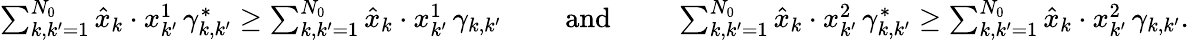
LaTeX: \begin{array}{r}{\sum_{k,k^{\prime}=1}^{N_{0}}\hat{x}_{k}\cdot x_{k^{\prime}}^{1}\, \gamma_{k,k^{\prime}}^{*}\ge\sum_{k,k^{\prime}=1}^{N_{0}}\hat{x}_{k}\cdot x_{k^{\prime}}^{1}\, \gamma_{k,k^{\prime}}\qquad\mathrm{~and~}\qquad\sum_{k,k^{\prime}=1}^{N_{0}}\hat{x}_{k}\cdot x_{k^{\prime}}^{2}\, \gamma_{k,k^{\prime}}^{*}\ge\sum_{k,k^{\prime}=1}^{N_{0}}\hat{x}_{k}\cdot x_{k^{\prime}}^{2}\, \gamma_{k,k^{\prime}}.}\end{array}